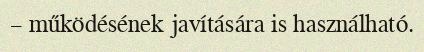
– működésének javítására is használható.